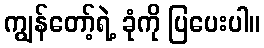
ကျွန်တော့်ရဲ့ ခုံကို ပြပေးပါ။